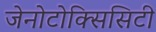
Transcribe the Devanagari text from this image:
जेनोटोक्सिसिटी